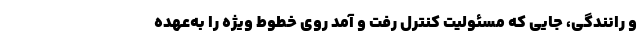
و رانندگی، جایی که مسئولیت کنترل رفت و آمد روی خطوط ویژه را به‌عهده